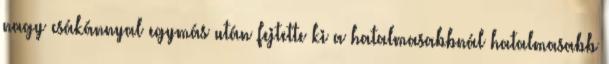
nagy csákánnyal egymás után fejtette ki a hatalmasabbnál hatalmasabb